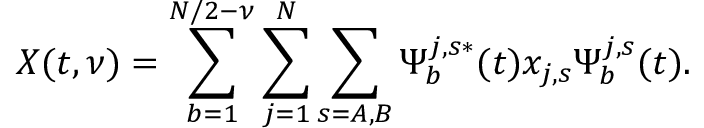
X ( t , \nu ) = \sum _ { b = 1 } ^ { N / 2 - \nu } \sum _ { j = 1 } ^ { N } \sum _ { s = A , B } \Psi _ { b } ^ { j , s * } ( t ) x _ { j , s } \Psi _ { b } ^ { j , s } ( t ) .